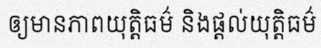
ឲ្យមានភាពយុត្តិធម៌ និងផ្តល់យុត្តិធម៌